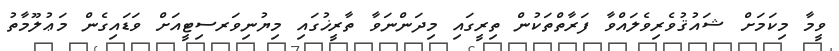
ވީމާ މިކަމަށް ޝައުޤުވެރިވެލައްވާ ފަރާތްތަކުން ތިރީގައި މިދަންނަވާ ތާރީޚުގައި މިޔުނިވަރސިޓީއަށް ވަޑައިގެން މަޢުލޫމާތު